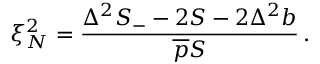
\xi _ { N } ^ { 2 } = \frac { \Delta ^ { 2 } S _ { - } - 2 S - 2 \Delta ^ { 2 } b } { \overline { { p } } S } \, .